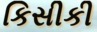
કિસીકી